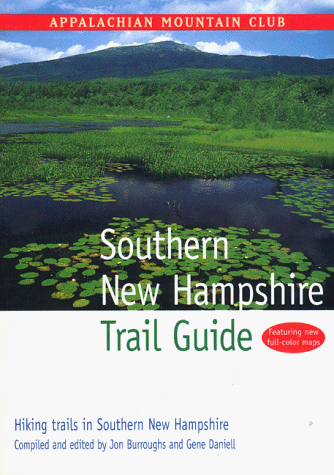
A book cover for Southern New Hampshire Trail Guide: Hiking Trails in Southern New Hampshire; Travel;